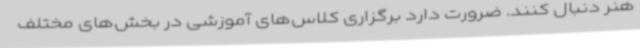
هنر دنبال کنند. ضرورت دارد برگزاری کلاس‌های آموزشی در بخش‌های مختلف